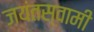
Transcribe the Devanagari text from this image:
जयंतस्वामी